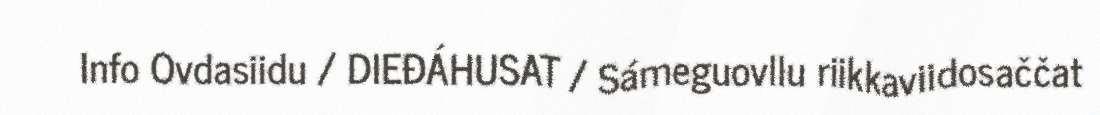
Info Ovdasiidu / DIEĐÁHUSAT / Sámeguovllu riikkaviidosaččat